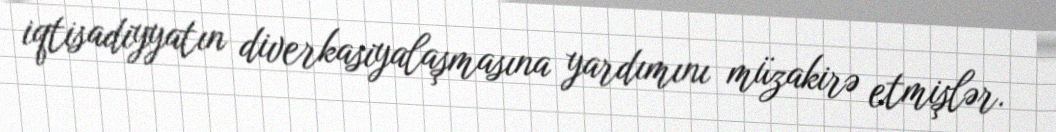
iqtisadiyyatın diverkasiyalaşmasına yardımını müzakirə etmişlər.